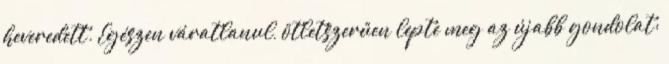
heveredett. Egészen váratlanul, ötletszerűen lepte meg az újabb gondolat: